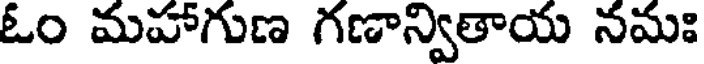
ఓం మహాగుణ గణాన్వితాయ నమః